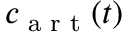
c _ { \textup { a r t } } ( t )